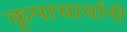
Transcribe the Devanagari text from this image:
कृपाचार्यांनी